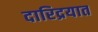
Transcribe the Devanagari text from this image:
दारिद्रयात